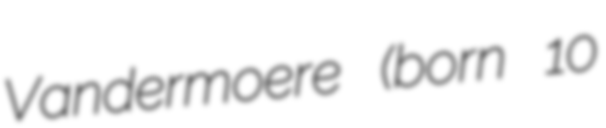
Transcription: Vandermoere (born 10